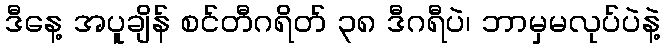
ဒီနေ့ အပူချိန် စင်တီဂရိတ် ၃၈ ဒီဂရီပဲ၊ ဘာမှမလုပ်ပဲနဲ့